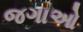
જગાઓ